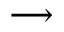
\longrightarrow